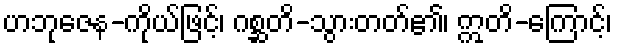
ဟဘုဇေန-ကိုယ်ဖြင့်၊ ဂစ္ဆတိ-သွားတတ်၏၊ ဣတိ-ကြောင့်၊